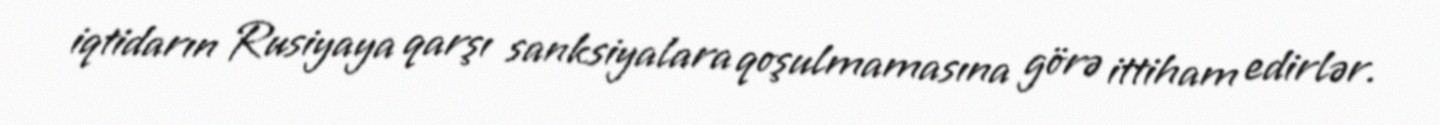
iqtidarın Rusiyaya qarşı sanksiyalara qoşulmamasına görə ittiham edirlər.